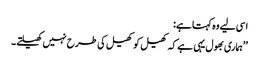
اسی لیے وہ کہتا ہے:
’’ہماری بھول یہی ہے کہ کھیل کو کھیل کی طرح نہیں کھیلتے۔